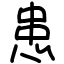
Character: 患